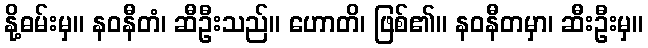
နို့ဓမ်းမှ။ နဝနီတံ၊ ဆီဦးသည်။ ဟောတိ၊ ဖြစ်၏။ နဝနီတမှာ၊ ဆီးဦးမှ။